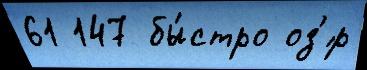
61 147 бы́стро оз'́р